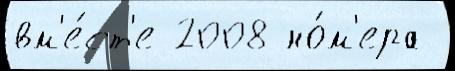
вм'е́ст'е 2008 но́м'ера